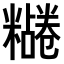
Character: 𫃔